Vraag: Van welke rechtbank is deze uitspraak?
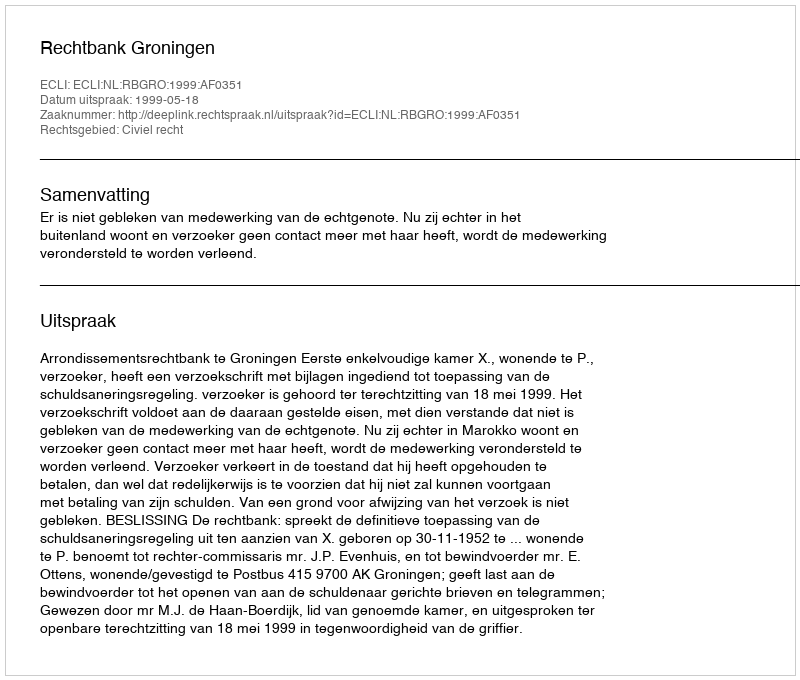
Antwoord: Rechtbank Groningen